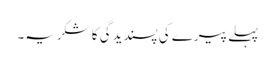
پہلے پیرے کی پسندیدگی کا شکریہ۔